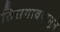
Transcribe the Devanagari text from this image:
तिसगावपासून